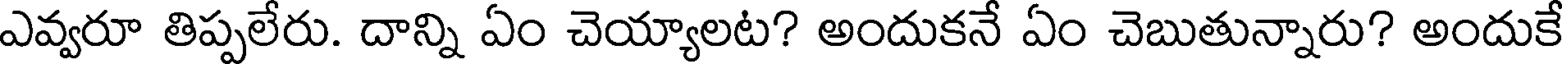
ఎవ్వరూ తిప్పలేరు. దాన్ని ఏం చెయ్యాలట? అందుకనే ఏం చెబుతున్నారు? అందుకే